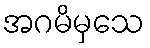
အဂမိမှသေ